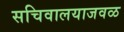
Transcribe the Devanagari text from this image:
सचिवालयाजवळ